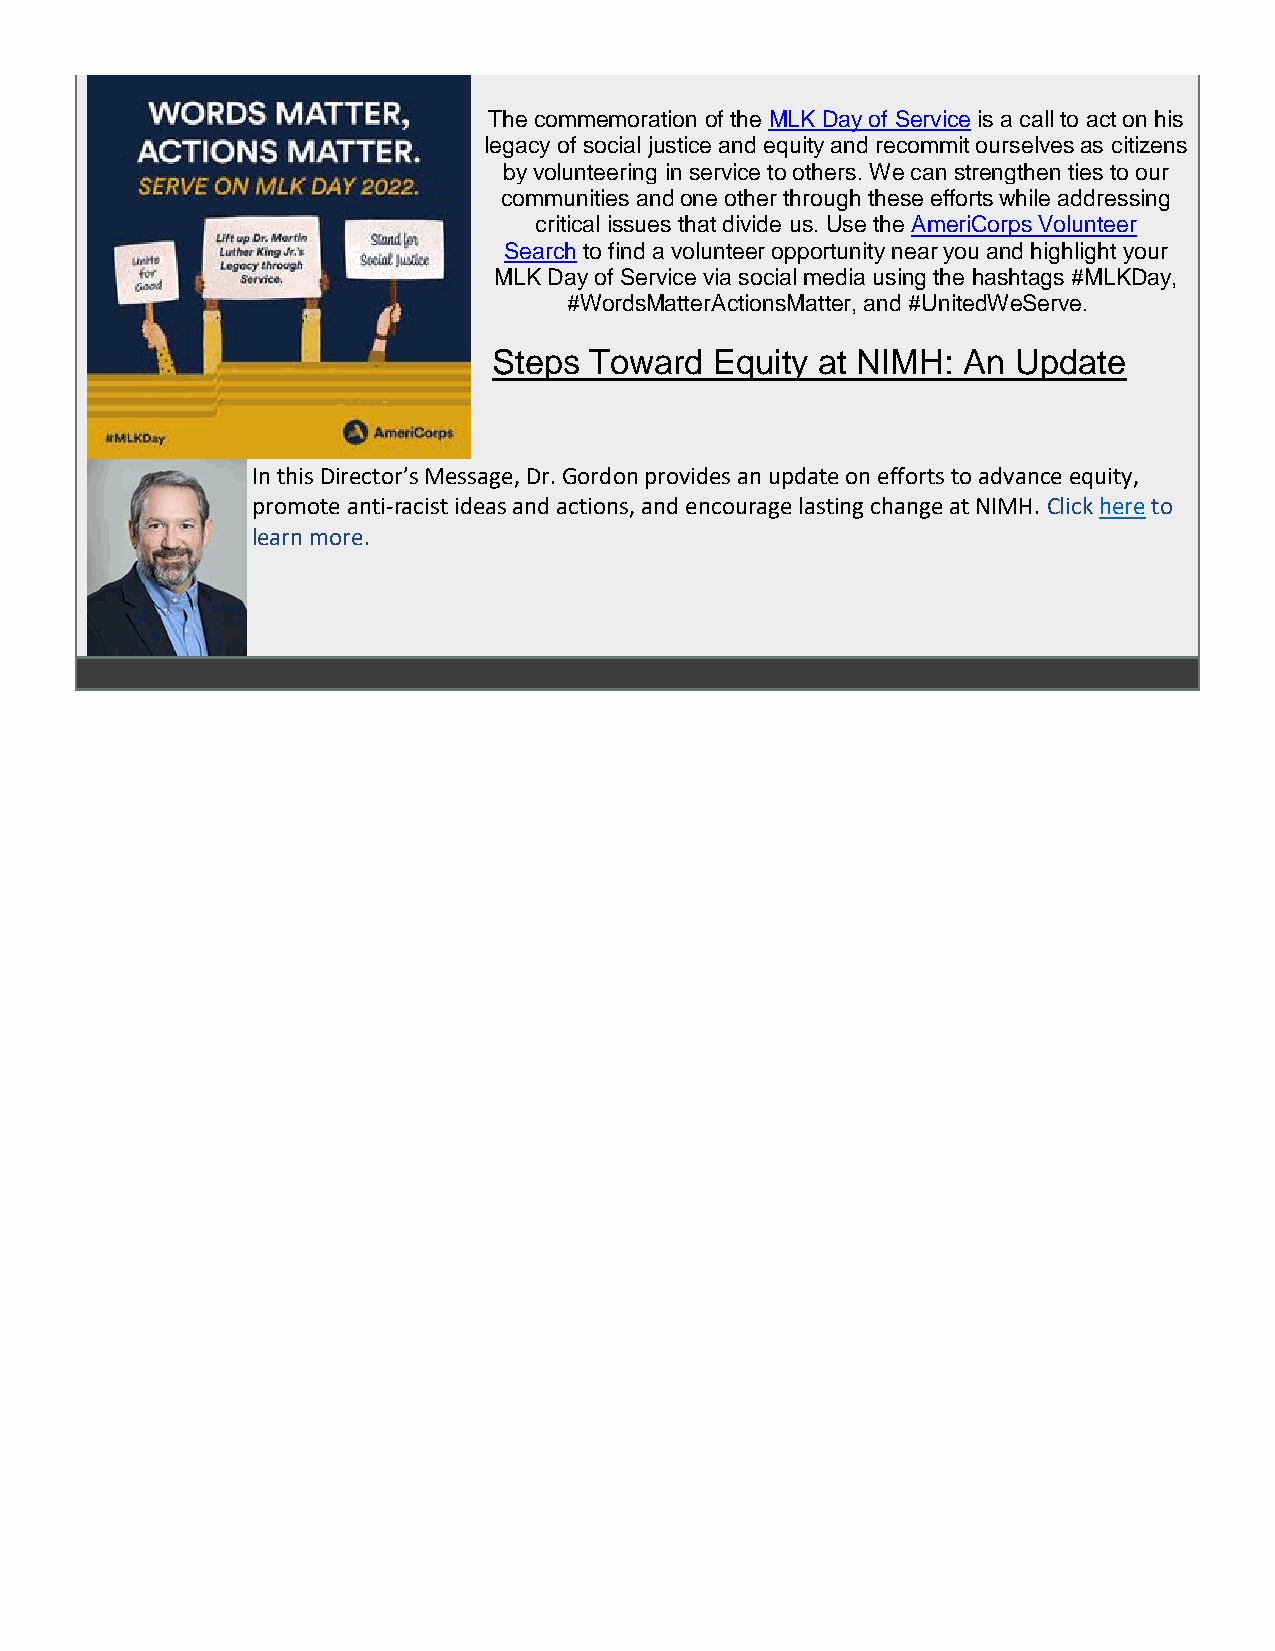
The commemoration of the MLK Day of Service is a call to act on his
 legacy of social justice and equity and recommit ourselves as citizens
 by volunteering in service to others. We can strengthen ties to our
 communities and one other through these efforts while addressing
 critical issues that divide us. Use the AmeriCorps Volunteer
 Search to find a volunteer opportunity near you and highlight your
 MLK Day of Service via social media using the hashtags #MLKDay,
 #WordsMatterActionsMatter, and #UnitedWeServe.
 Steps Toward  Equity at NIMH:  An Update
 In this Director’s Message, Dr. Gordon provides an update on efforts to advance equity,
 promote anti-racist ideas and actions, and encourage lasting change at NIMH. Click here to
 learn more.